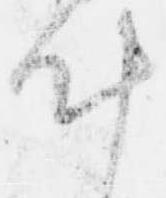
叶